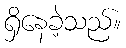
ရှိနေခဲ့သည်။